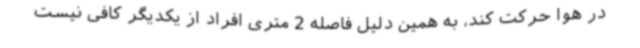
در هوا حرکت کند، به همین دلیل فاصله 2 متری افراد از یکدیگر کافی نیست